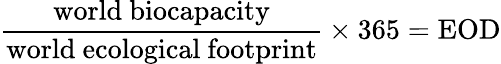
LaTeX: {\frac{\mathrm{world~biocapacity}}{\mathrm{world~ecological~footprint}}}\times 365={\mathrm{EOD}}